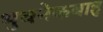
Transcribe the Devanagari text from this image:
भुवनेकबाहु